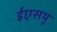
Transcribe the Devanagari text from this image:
ईएसयू